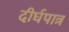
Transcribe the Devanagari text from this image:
दीर्घपात्र